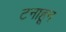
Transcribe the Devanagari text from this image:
टनाहून